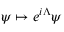
\psi \mapsto e ^ { i \Lambda } \psi